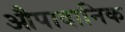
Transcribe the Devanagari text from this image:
औपादानिक